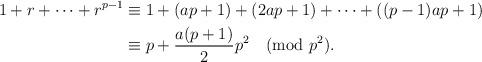
LaTeX: \begin{align*}1+r+\dots+r^{p-1}&\equiv 1+(ap+1)+(2ap+1)+\dots+((p-1)ap+1)\\&\equiv p+\frac{a(p+1)}{2}p^2 \pmod{p^2}.\end{align*}